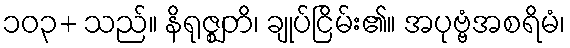
၁၀၃+ သည်။ နိရုဇ္ဈတိ၊ ချုပ်ငြိမ်း၏။ အပုဗ္ဗံအစရိမံ၊